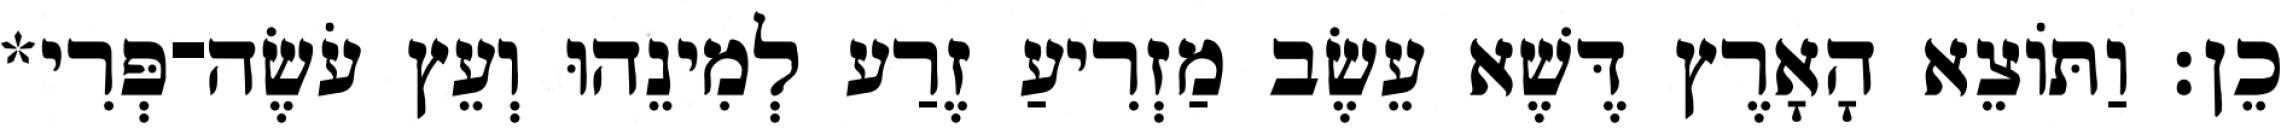
כֵן׃ וַתֹּוצֵא הָאָרֶץ דֶּשֶׁא עֵשֶׂב מַזְרִיעַ זֶרַע לְמִינֵהוּ וְעֵץ עֹשֶׂה־פְּרִי*